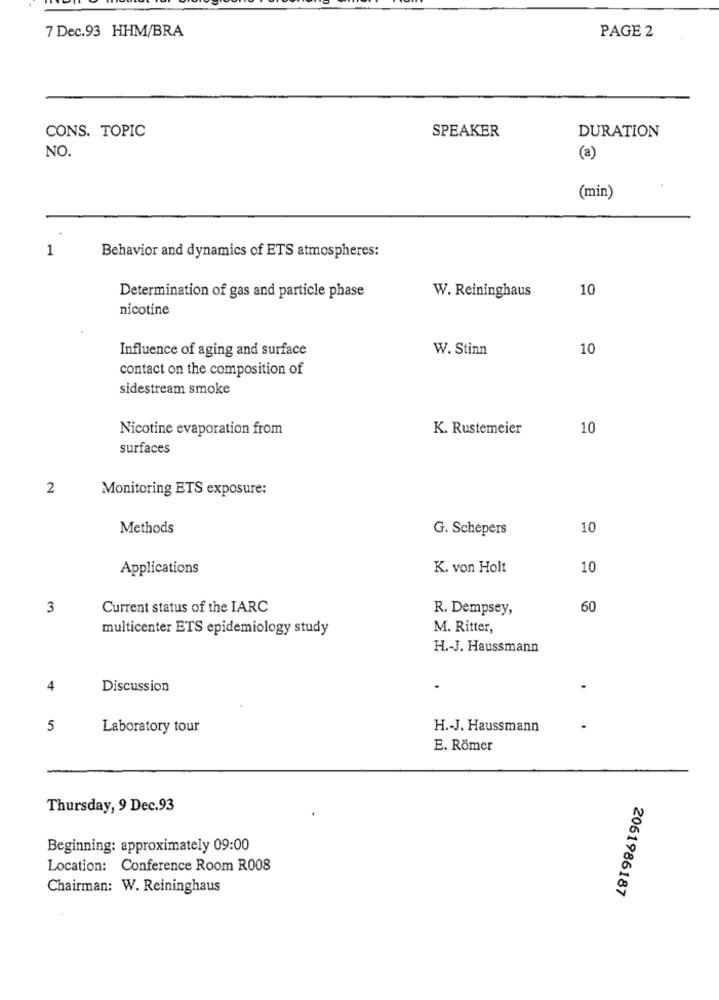
7 Dec.93 HHM/BRA
PAGE 2
CONS. TOPIC
SPEAKER
DURATION
NO.
(a)
(min)
1
Behavior and dynamics of ETS atmospheres:
10
Determination of gas and particle phase
W. Reininghaus
nicotine
Influence of aging and surface
W. Stinn
10
contact on the composition of
sidestream smoke
Nicotine evaporation from
K. Rustemeier
10
surfaces
2
Monitoring BTS exposure:
Methods
G. Schepers
10
Applications
K. von Holt
10
3
Current status of the IARC
R. Dempsey,
60
multicenter ETS epidemiology study
M. Ritter,
H .- J. Haussmann
4
Discussion
5
Laboratory tour
H .- J. Haussmann
E. Römer
Thursday, 9 Dec.93
Beginning: approximately 09:00
Location: Conference Room R008
Chairman: W. Reininghaus
2061986187